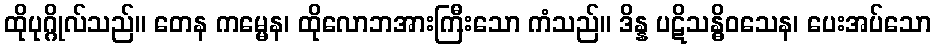
ထိုပုဂ္ဂိုလ်သည်။ တေန ကမ္မေန၊ ထိုလောဘအားကြီးသော ကံသည်။ ဒိန္န ပဋိသန္ဓိဝသေန၊ ပေးအပ်သော